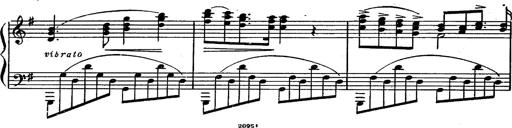
Title: Magyar rapszÃ³diÃ¡k
Composer: Franz Liszt